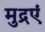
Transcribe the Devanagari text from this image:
मुद्रएं